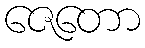
ဇေတော